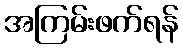
အကြမ်းဖက်ရန်